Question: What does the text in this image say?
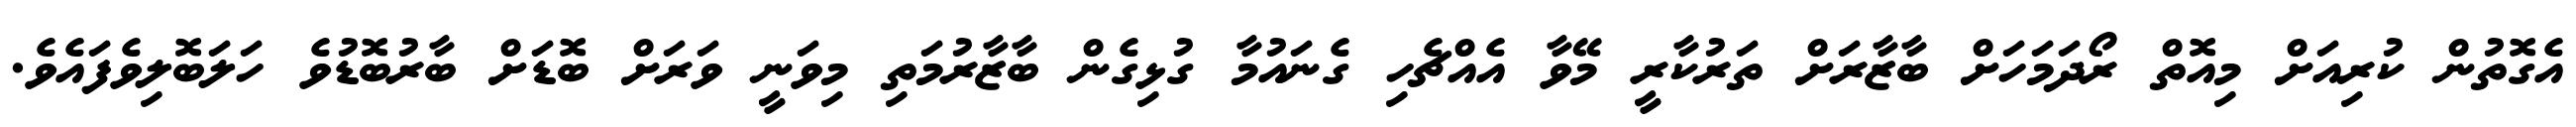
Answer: އެގޮތުން ކުރިއަށް މިއޮތް ރޯދަމަހަށް ބާޒާރަށް ތަރުކާރީ މޭވާ އެއްޗެހި ގެނައުމާ ގުޅިގެން ބާޒާރުމަތި މިވަނީ ވަރަށް ބޮޑަށް ބާރުބޮޑުވެ ހަލަބޮލިވެފައެވެ.